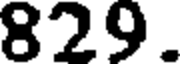
829.